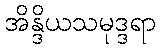
အိန္ဒိယသမုဒ္ဒရာ